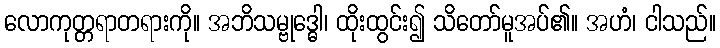
လောကုတ္တရာတရားကို။ အဘိသမ္ဗုဒ္ဓေါ၊ ထိုးထွင်း၍ သိတော်မူအပ်၏။ အဟံ၊ ငါသည်။